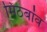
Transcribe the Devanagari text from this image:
मिठबांव